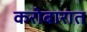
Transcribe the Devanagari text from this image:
करोबारात